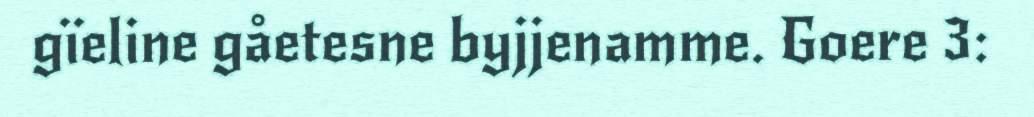
gïeline gåetesne byjjenamme. Goere 3: